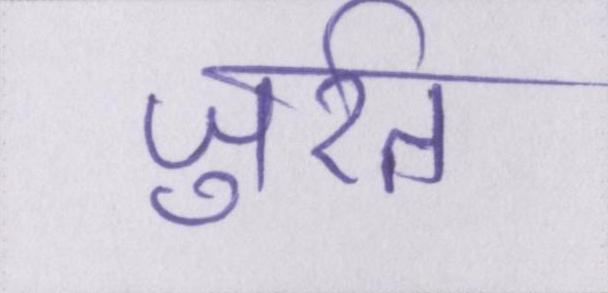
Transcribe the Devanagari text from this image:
जुर्रत